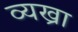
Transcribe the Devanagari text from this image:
व्यख्रा